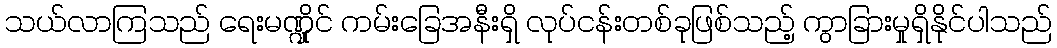
သယ်လာကြသည် ရေးမဏ္ဍိုင် ကမ်းခြေအနီးရှိ လုပ်ငန်းတစ်ခုဖြစ်သည့် ကွာခြားမှုရှိနိုင်ပါသည်